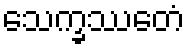
သေက္ခဿေတံ